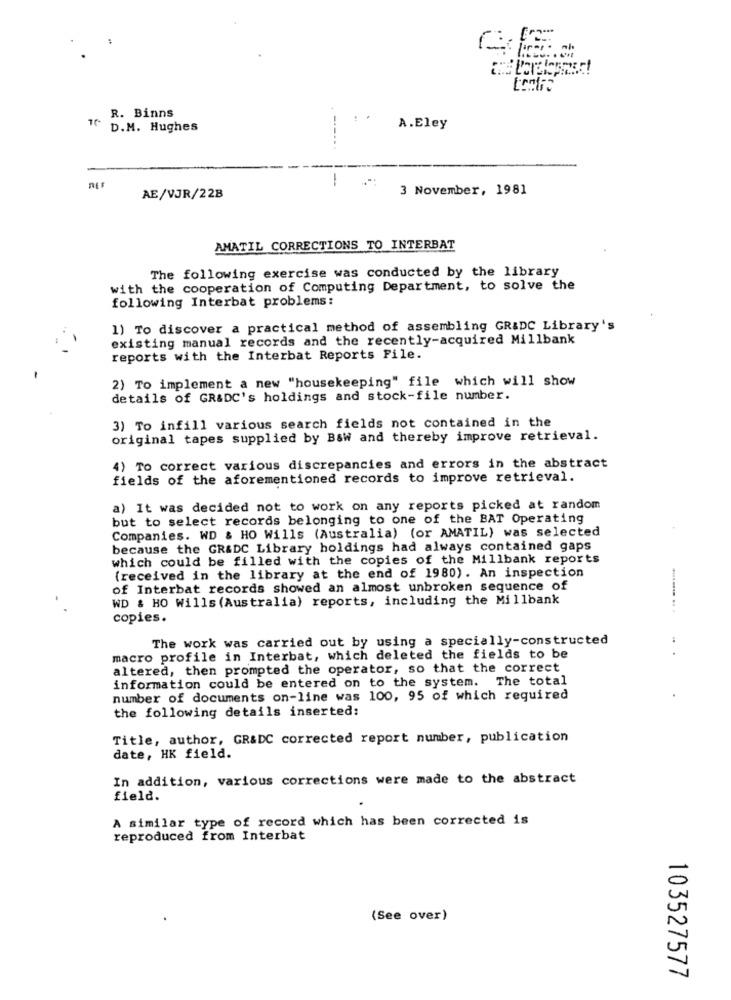
R. Binns
D.M. Hughes
A.Eley
3 November, 1981
AE/VJR/22B
AMATIL CORRECTIONS TO INTERBAT
The following exercise was conducted by the library
with the cooperation of Computing Department, to solve the
following Interbat problems:
1) To discover a practical method of assembling GR&DC Library's
existing manual records and the recently-acquired Millbank
reports with the Interbat Reports File.
2) To implement a new "housekeeping" file which will show
details of GR&DC's holdings and stock-file number.
3) To infill various search fields not contained in the
original tapes supplied by Bsw and thereby improve retrieval.
4) To correct various discrepancies and errors in the abstract
fields of the aforementioned records to improve retrieval.
a) It was decided not to work on any reports picked at random
but to select records belonging to one of the BAT Operating
Companies. WD & HO Wills (Australia) (or AMATIL) was selected
because the GR&DC Library holdings had always contained gaps
which could be filled with the copies of the Millbank reports
(received in the library at the end of 1980). An inspection
of Interbat records showed an almost unbroken sequence of
WD & HO Wills (Australia) reports, including the Millbank
........ .
copies.
The work was carried out by using a specially-constructed
...
macro profile in Interbat, which deleted the fields to be
altered, then prompted the operator, so that the correct
information could be entered on to the system. The total
number of documents on-line was 100, 95 of which required
the following details inserted:
Title, author, GR&DC corrected report number, publication
date, HK field.
In addition, various corrections were made to the abstract
field.
A similar type of record which has been corrected is
reproduced from Interbat
(See over)
103527577